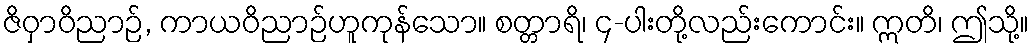
ဇိဝှာဝိညာဉ်, ကာယဝိညာဉ်ဟူကုန်သော။ စတ္တာရိ၊ ၄-ပါးတို့လည်းကောင်း။ ဣတိ၊ ဤသို့။